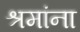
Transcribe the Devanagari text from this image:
श्रमांना